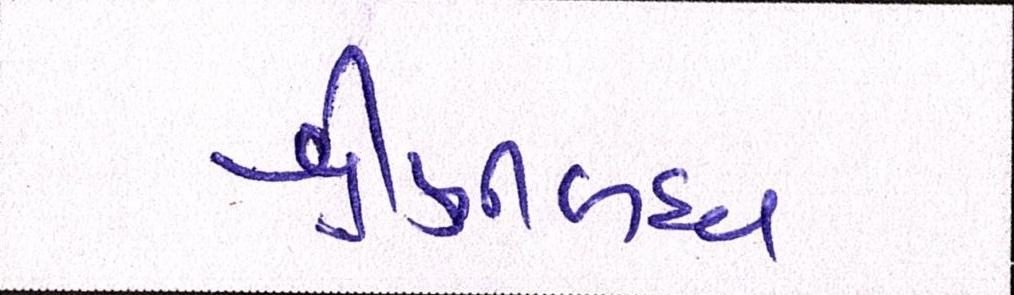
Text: શ્રેણીબધ્ધ